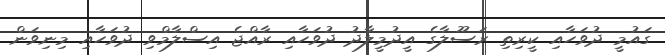
ގައުމީ ދުވަހާއި ކީރިތި ރަސޫލާގެ އީދުމީލާދު ދުވަހާއި ރާއްޖެ އިސްލާމްވި ދުވަހާއި މިނިވަން